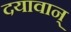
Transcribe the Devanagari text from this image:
दयावान्